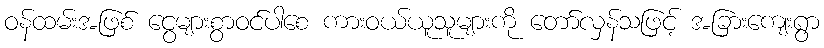
ဝန်ထမ်းအဖြစ် ငွေများစွာဝင်ပါစေ ကားဝယ်ယူသူများကို တော်လှန်သဖြင့် အခြားကျေးရွာ